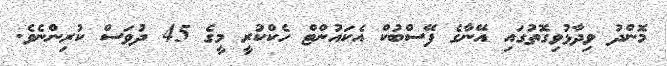
މޮންދު ވިދާޅުވިގޮތުގައި އޭނާގެ ފޭސްބުކް އެކައުންޓް ހެކްކުރީ މީގެ 45 ދުވަސް ކުރިންނެވެ.